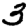
Digit: 3